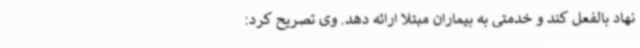
نهاد بالفعل کند و خدمتی به بیماران مبتلا ارائه دهد. وی تصریح کرد: